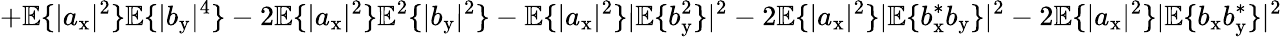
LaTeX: +\mathbb{E}\{ |a_{\mathrm{x}}|^{2}\} \mathbb{E}\{ |b_{\mathrm{y}}|^{4}\} -2\mathbb{E}\{ |a_{\mathrm{x}}|^{2}\} \mathbb{E}^{2}\{ |b_{\mathrm{y}}|^{2}\} -\mathbb{E}\{ |a_{\mathrm{x}}|^{2}\} |\mathbb{E}\{ b_{\mathrm{y}}^{2}\} |^{2}-2\mathbb{E}\{ |a_{\mathrm{x}}|^{2}\} |\mathbb{E}\{ b_{\mathrm{x}}^{\ast}b_{\mathrm{y}}\} |^{2}-2\mathbb{E}\{ |a_{\mathrm{x}}|^{2}\} |\mathbb{E}\{ b_{\mathrm{x}}b_{\mathrm{y}}^{\ast}\} |^{2}